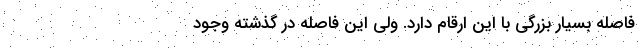
فاصله بسيار بزرگي با اين ارقام دارد. ولي اين فاصله در گذشته وجود